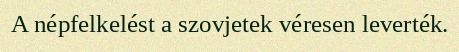
A népfelkelést a szovjetek véresen leverték.